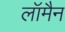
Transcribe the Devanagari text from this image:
लॉमैन